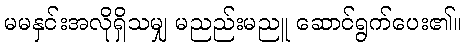
မမနှင်းအလိုရှိသမျှ မညည်းမညူ ဆောင်ရွက်ပေး၏။